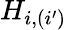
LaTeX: H_{i,(i^{\prime})}